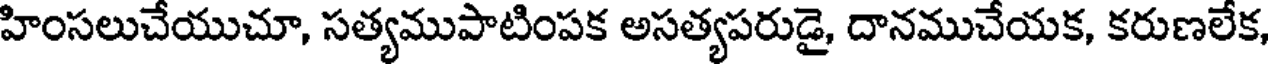
హింసలుచేయుచూ, సత్యముపాటింపక అసత్యపరుడై, దానముచేయక, కరుణలేక,